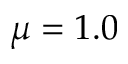
\mu = 1 . 0